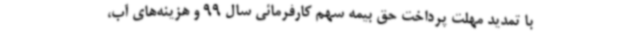
با تمدید مهلت پرداخت حق بیمه سهم کارفرمائی سال 99 و هزینه‌های آب،